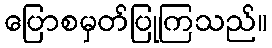
ပြောစမှတ်ပြုကြသည်။